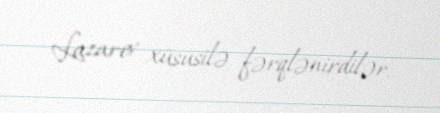
Lazarev xüsusilə fərqlənirdilər.